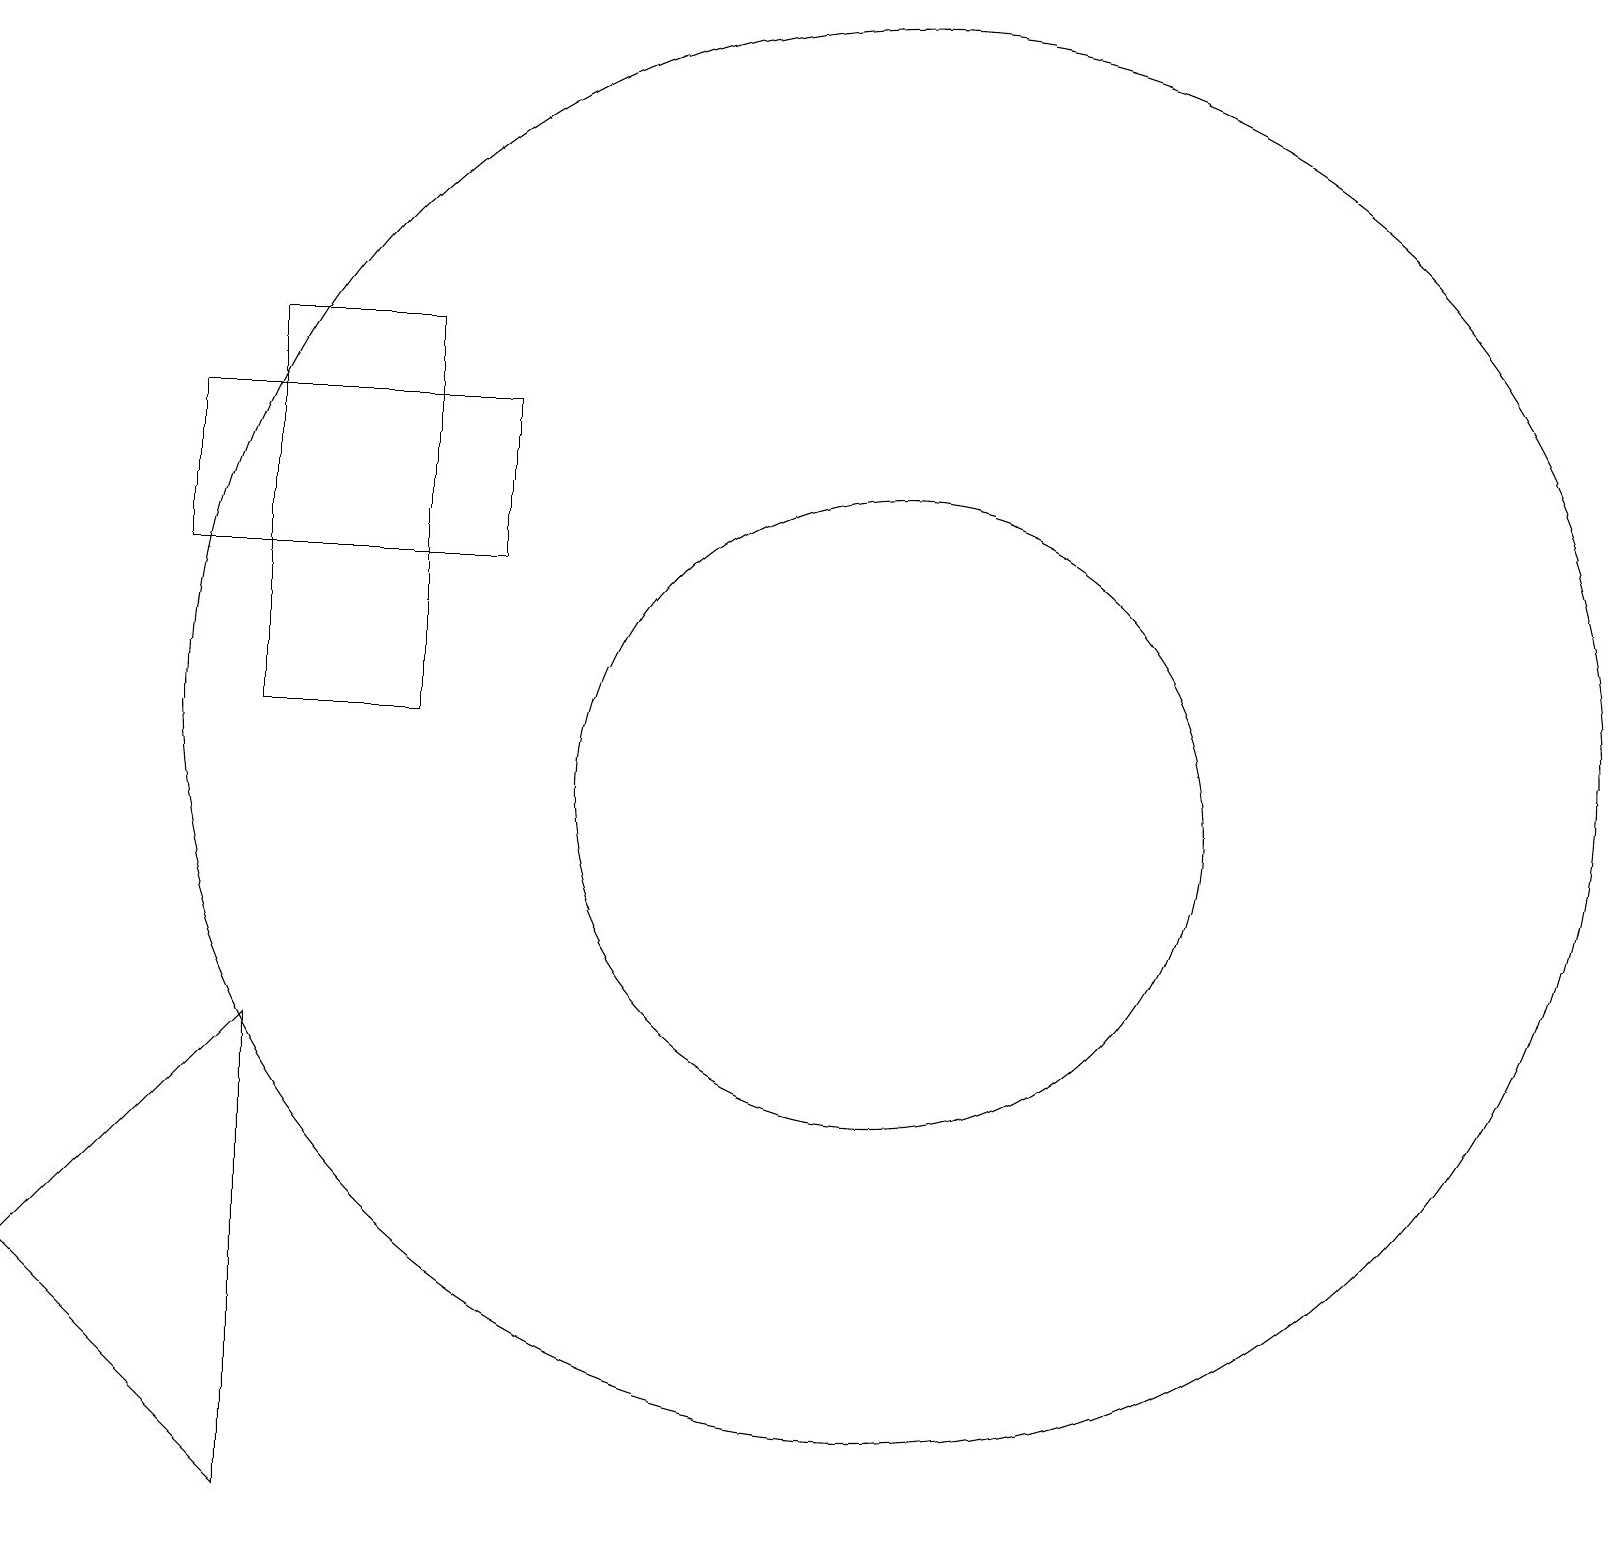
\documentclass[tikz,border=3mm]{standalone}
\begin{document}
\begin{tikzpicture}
\draw (11,11) circle (9);
\draw (11,10) circle (4);
\draw (2,15) rectangle (6,13);
\draw (3,16) rectangle (5,11);
\draw (3,7) -- (0,4) -- (3,1) -- cycle;
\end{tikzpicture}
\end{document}